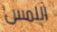
اللمس